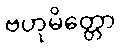
ဗဟုမိတ္တော